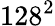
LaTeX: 128^{2}